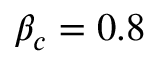
\beta _ { c } = 0 . 8